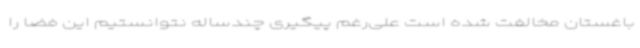
باغستان مخالفت شده است علی‌رغم پیگیری چندساله نتوانستیم این فضا را